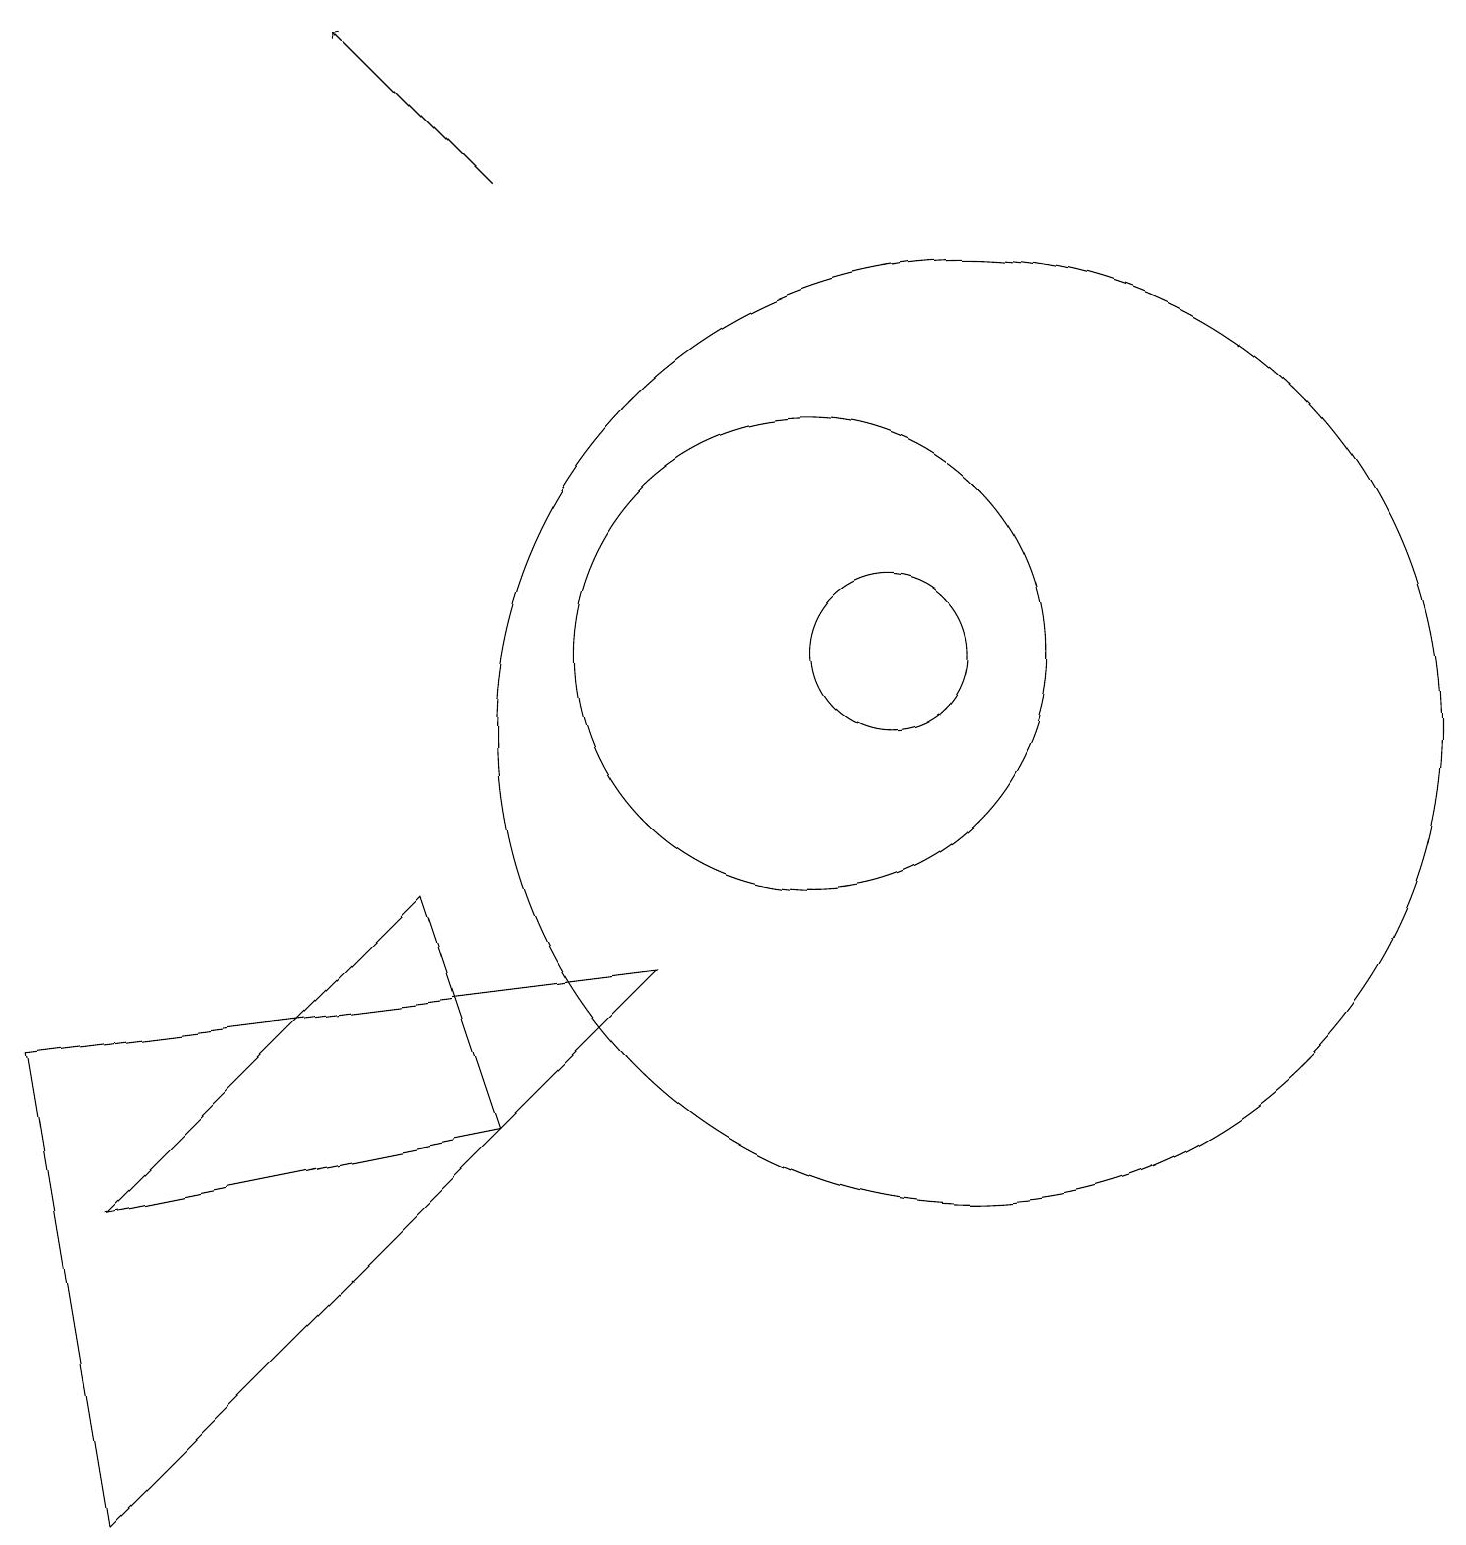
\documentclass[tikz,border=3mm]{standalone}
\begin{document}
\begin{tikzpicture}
\draw (8,7) -- (1,0) -- (0,6) -- cycle;
\draw (11,11) circle (0);
\draw (1,4) -- (6,5) -- (5,8) -- cycle;
\draw (10,10) circle (0);
\draw (11,11) circle (1);
\draw (12,10) circle (6);
\draw[->] (6,17) -- (4,19);
\draw (10,11) circle (3);
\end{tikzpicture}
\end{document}